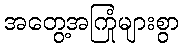
အတွေ့အကြုံများစွာ